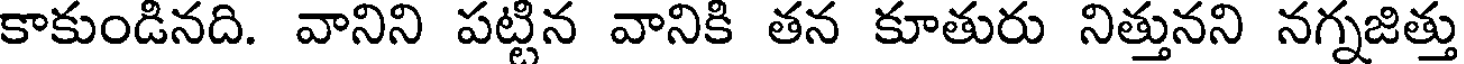
కాకుండినది. వానిని పట్టిన వానికి తన కూతురు నిత్తునని నగ్నజిత్తు